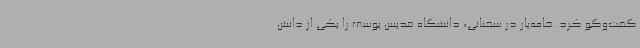
گفت‌وگو کرد. خامه‌یار در سخنانی، دانشگاه قدیس یوسف را یکی از دانش